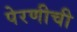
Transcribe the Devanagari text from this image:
पेरणीची